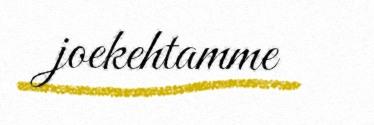
joekehtamme